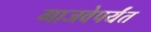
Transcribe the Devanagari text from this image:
गाजवेपर्यंत